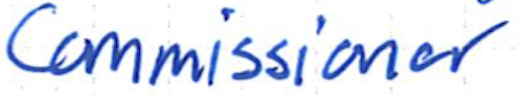
Text: Commissioner
Cross-out: clean
Writing tool: ballpoint